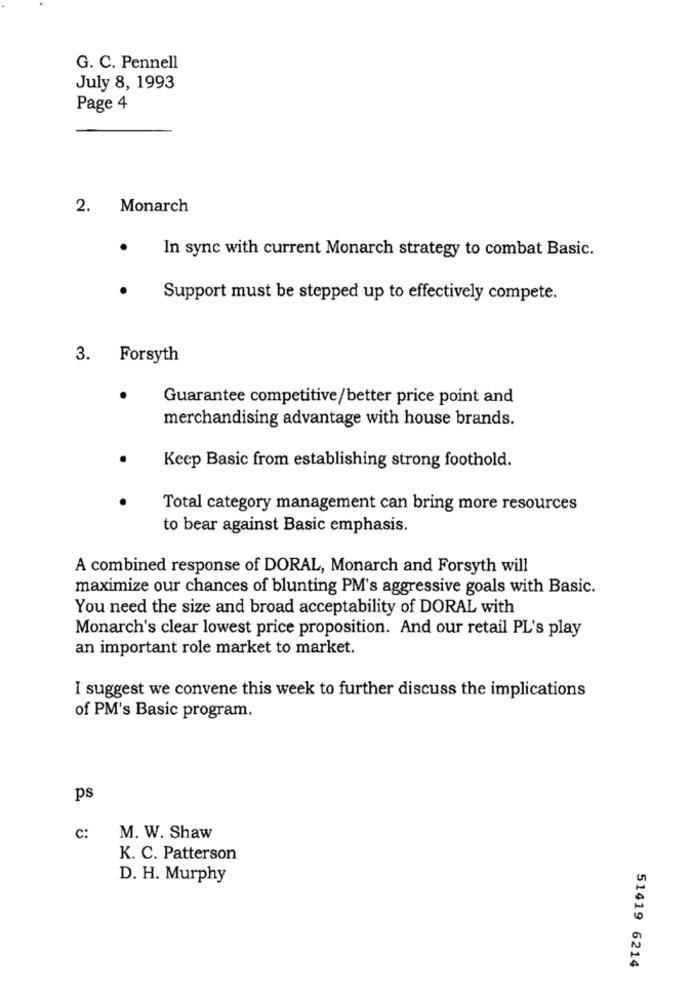
G. C. Pennell
July 8, 1993
Page 4
2. Monarch
In sync with current Monarch strategy to combat Basic.
Support must be stepped up to effectively compete.
3. Forsyth
Guarantee competitive/better price point and
merchandising advantage with house brands.
Keep Basic from establishing strong foothold.
Total category management can bring more resources
to bear against Basic emphasis.
A combined response of DORAL, Monarch and Forsyth will
maximize our chances of blunting PM's aggressive goals with Basic.
You need the size and broad acceptability of DORAL with
Monarch's clear lowest price proposition. And our retail PL's play
an important role market to market.
I suggest we convene this week to further discuss the implications
of PM's Basic program.
ps
c:
M. W. Shaw
K. C. Patterson
D. H. Murphy
51419 6214